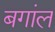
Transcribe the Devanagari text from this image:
बगांल